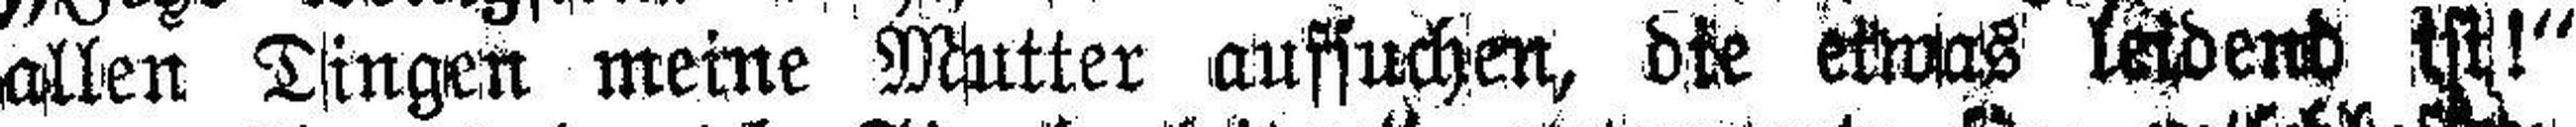
allen Dingen meine Mutter aufsuchen, die etwas leidend ist!“